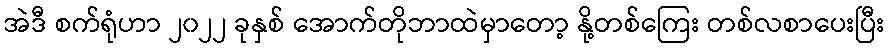
အဲဒီ စက်ရုံဟာ ၂၀၂၂ ခုနှစ် အောက်တိုဘာထဲမှာတော့ နို့တစ်ကြေး တစ်လစာပေးပြီး